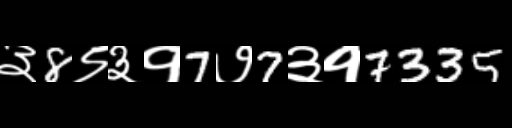
Text: ३8९३१7७7३१7335